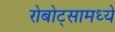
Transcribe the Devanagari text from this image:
रोबोट्सामध्ये